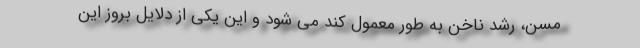
مسن، رشد ناخن به طور معمول کند می شود و این یکی از دلایل بروز این